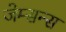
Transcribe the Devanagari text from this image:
जेम्सन्स